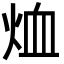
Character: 烅